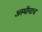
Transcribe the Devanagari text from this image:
अस्थीचाच